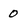
Character: 0